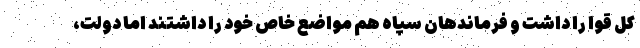
کل قوا را داشت و فرماندهان سپاه هم مواضع خاص خود را داشتند اما دولت،